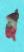
ন